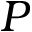
P